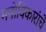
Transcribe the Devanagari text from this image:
मनोविकारांचे